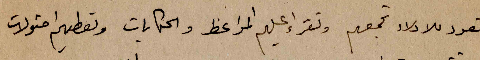
فتعود للاولاد تجمعهم وتقراء عليهم المواعظ والحكايات وتعطيهم امثولات